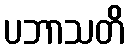
ပဘာသတိ